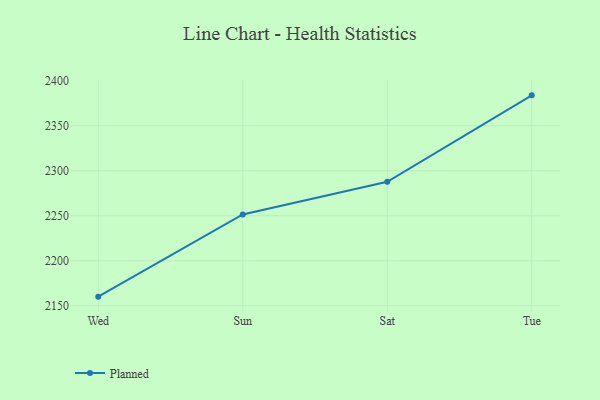
{"axis": {"x": "Day", "y": "Page Views"}, "legend": ["Planned"], "data": [{"x": "Wed", "y": 2160.1, "type": "Planned"}, {"x": "Sun", "y": 2251.5, "type": "Planned"}, {"x": "Sat", "y": 2287.7, "type": "Planned"}, {"x": "Tue", "y": 2383.8, "type": "Planned"}]}